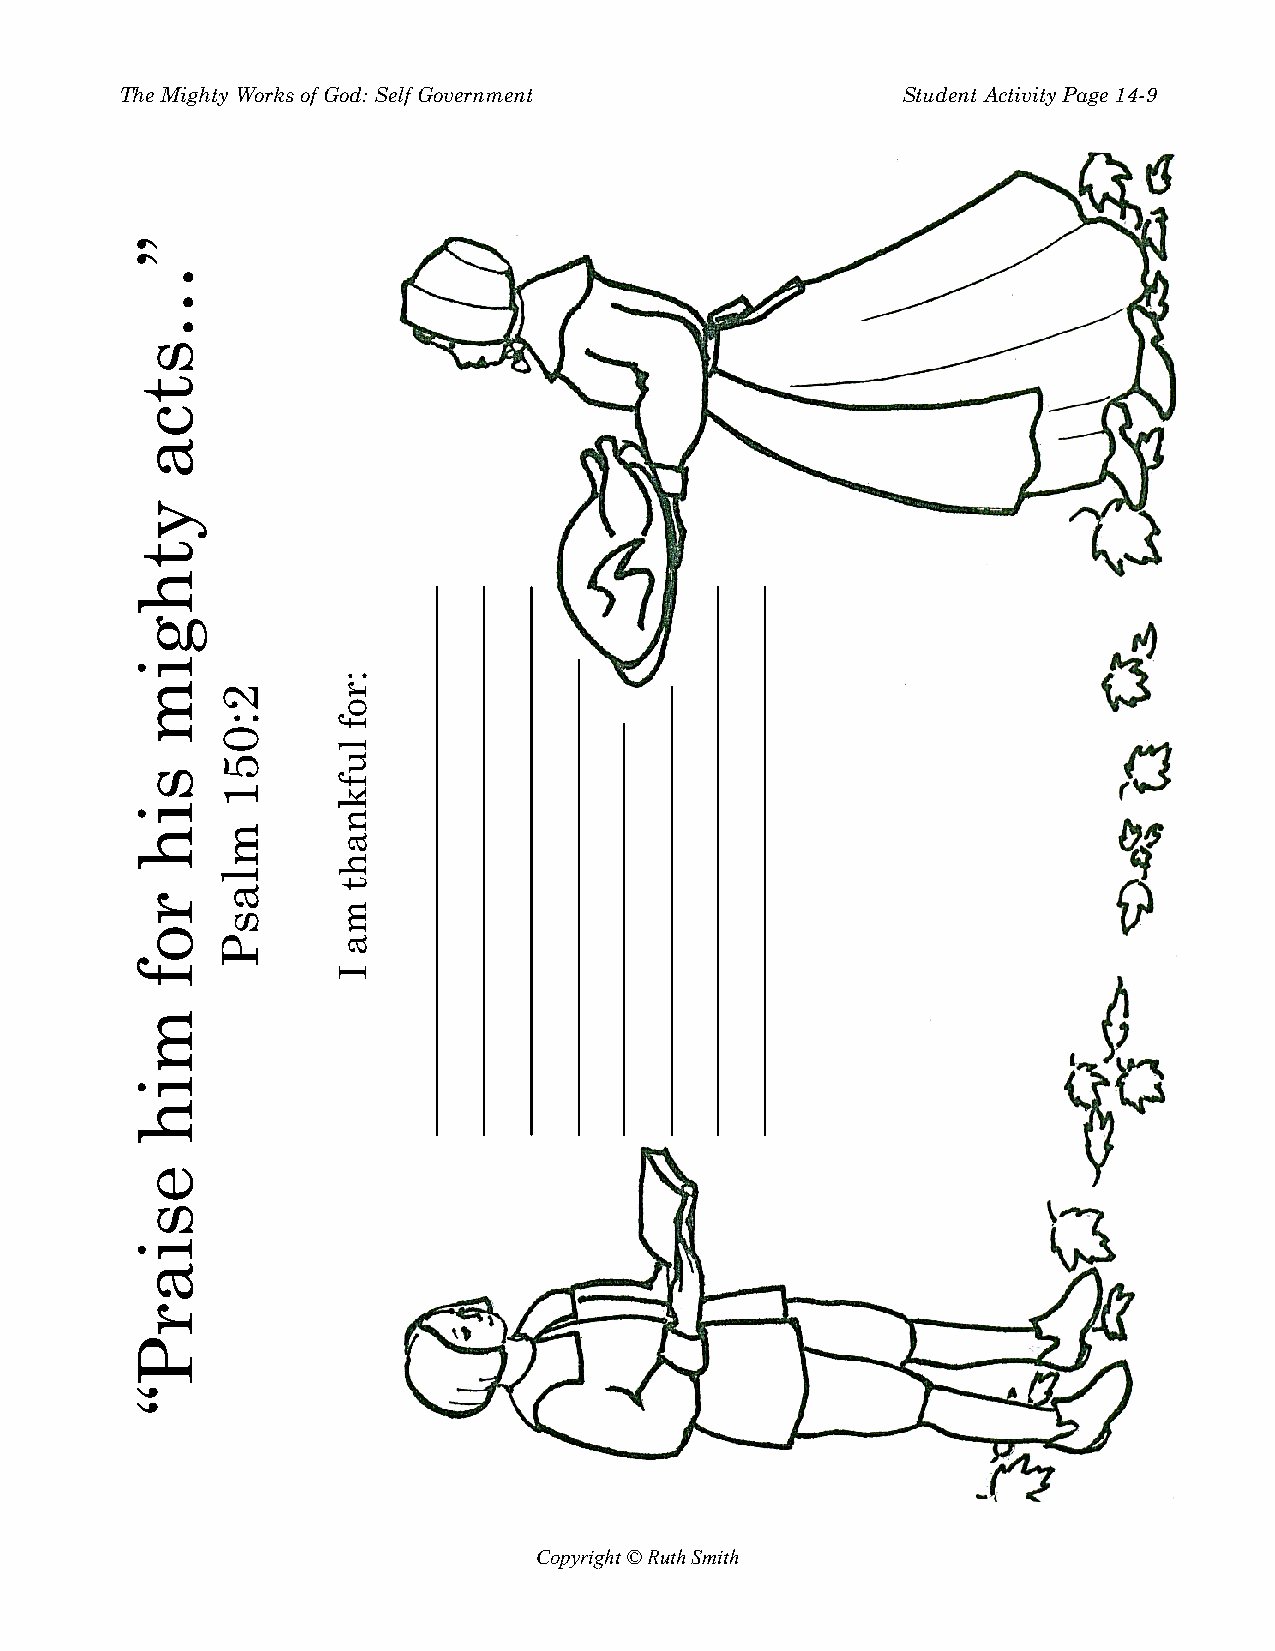
The Mighty Works of God: Self Government            Student Activity Page 14-9
 Copyright © Ruth Smith
 ”…stca
 ythgim
 sih
 rof
 mih
 esiarP“
 2:051
 mlasP
 :rof
 lufknaht
 ma
 I